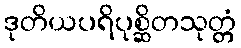
ဒုတိယပရိပုစ္ဆိတသုတ္တံ